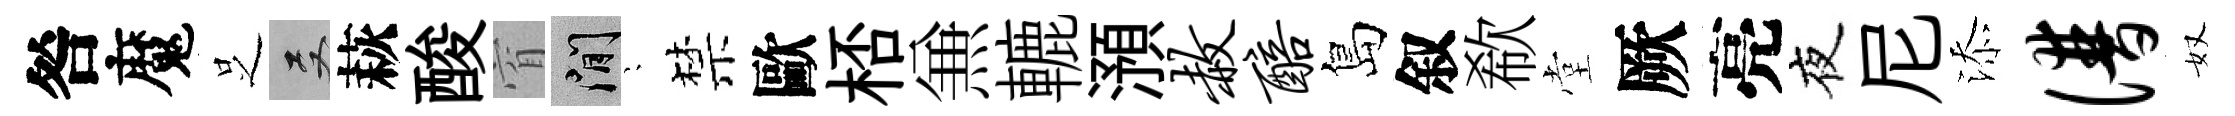
咎魔𠯁双萩酸窅閑隠禁歐桮𠔥轆澦赦醅島叙欷堂厥亮夜尼添谱奴